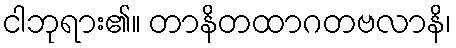
ငါဘုရား၏။ တာနိတထာဂတဗလာနိ၊